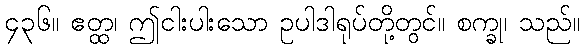
၄၃၆။ ဧတ္ထ၊ ဤငါးပါးသော ဥပါဒါရုပ်တို့တွင်။ စက္ခု၊ သည်။